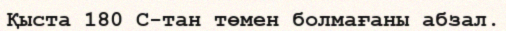
Қыста 180 С-тан төмен болмағаны абзал.